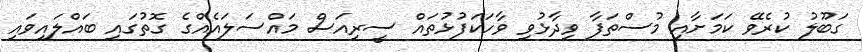
ގަބޫލު ކުރެވޭ ކަމަށާއި މުސްތަފާ ވިދާޅުވި ވާހަކަފުޅުތައް ސީރިއަސް މައްސަލައެއްގެ ގޮތުގައި ބައްލައިވައި